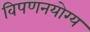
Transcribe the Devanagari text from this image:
विपणनयोग्य